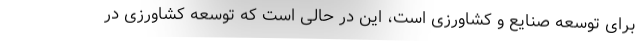
برای توسعه صنایع و کشاورزی است، این در حالی است که توسعه کشاورزی در